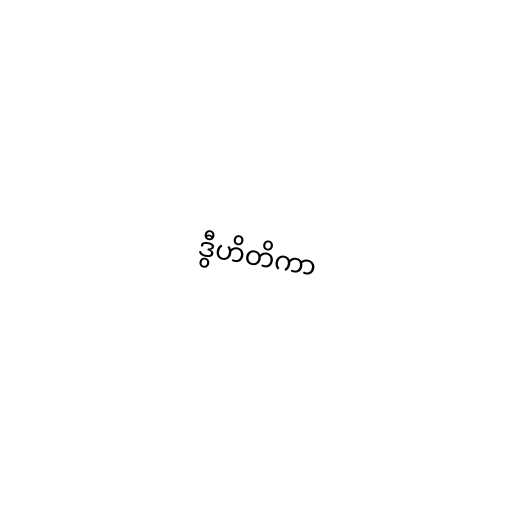
ဒွီဟိတိကာ